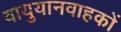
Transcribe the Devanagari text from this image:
वायुयानवाहकों